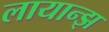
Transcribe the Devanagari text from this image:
लायान्झ